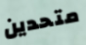
متحدين